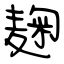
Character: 麹